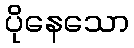
ပိုနေသော